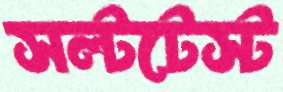
সল্টটেস্ট